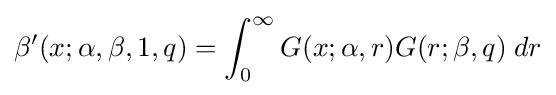
\beta '(x;\alpha ,\beta ,1,q)=\int _{0}^{\infty }G(x;\alpha ,r)G(r;\beta ,q)\;dr